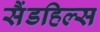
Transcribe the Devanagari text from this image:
सैंडहिल्स